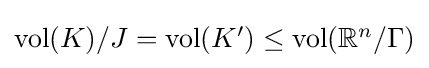
{\textstyle \operatorname {vol} (K)/J=\operatorname {vol} (K')\leq \operatorname {vol} (\mathbb {R} ^{n}/\Gamma )}